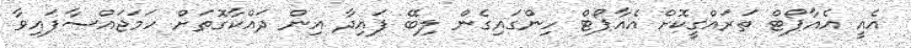
އެއީ އެއާޕޯޓް ތަރައްގީކޮށް އެއާޕޯޓް ހިންގައިގެން ލިބޭ ފައިދާ އިން ދައްކާގޮތަށް ހަމަޖައްސާފައިވާ